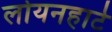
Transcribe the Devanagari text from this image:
लोयनहार्ट